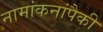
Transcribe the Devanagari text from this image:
नामांकनांपैकी